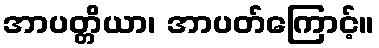
အာပတ္တိယာ၊ အာပတ်ကြောင့်။